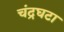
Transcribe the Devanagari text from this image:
चंद्रघटा